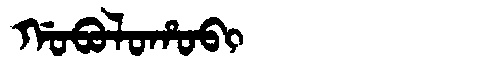
Manchu: ᡤᠣᠪᠣᠯᠣᡥᠣᠪᡳ
Romanization: GOBOLOHOBI